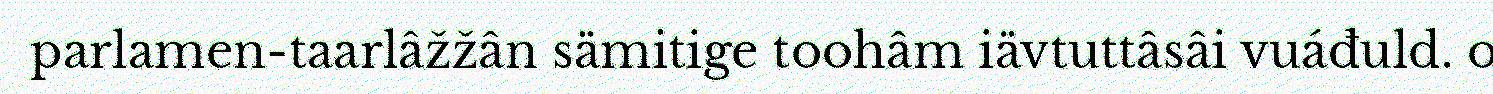
parlamen-taarlâžžân sämitige toohâm iävtuttâsâi vuáđuld. o